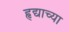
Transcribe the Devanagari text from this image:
हृद्याच्या